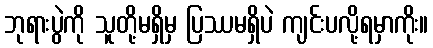
ဘုရားပွဲကို သူတို့မရှိမှ ပြဿမရှိပဲ ကျင်းပလို့ရမှာကိုး။